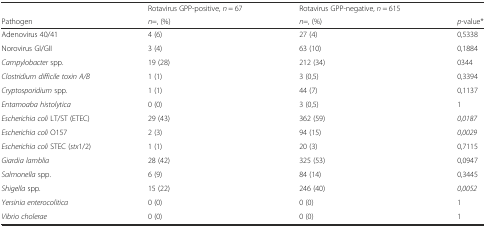
|  | Rotavirus GPP-positive, n = 67 | Rotavirus GPP-negative, n = 615 |  |
 | Pathogen | n=, (%) | n=, (%) | p-value* |
 | --- | --- | --- | --- |
 | Adenovirus 40/41 | 4 (6) | 27 (4) | 0,5338 |
 | Norovirus GI/GII | 3 (4) | 63 (10) | 0,1884 |
 | Campylobacter spp. | 19 (28) | 212 (34) | 0344 |
 | Clostridium difficile toxin A/B | 1 (1) | 3 (0,5) | 0,3394 |
 | Cryptosporidium spp. | 1 (1) | 44 (7) | 0,1137 |
 | Entamoaba histolytica | 0 (0) | 3 (0,5) | 1 |
 | Escherichia coli LT/ST (ETEC) | 29 (43) | 362 (59) | 0,0187 |
 | Escherichia coli O157 | 2 (3) | 94 (15) | 0,0029 |
 | Escherichia coli STEC (stx1/2) | 1 (1) | 20 (3) | 0,7115 |
 | Giardia lamblia | 28 (42) | 325 (53) | 0,0947 |
 | Salmonella spp. | 6 (9) | 84 (14) | 0,3445 |
 | Shigella spp. | 15 (22) | 246 (40) | 0,0052 |
 | Yersinia enterocolitica | 0 (0) | 0 (0) | 1 |
 | Vibrio cholerae | 0 (0) | 0 (0) | 1 |